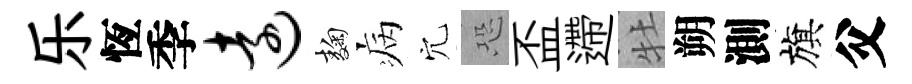
乐恆季远麹病穴恐盃遰牡朔測旗父